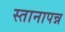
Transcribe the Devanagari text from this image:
स्तानापन्न